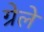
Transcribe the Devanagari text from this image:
ग्रेले